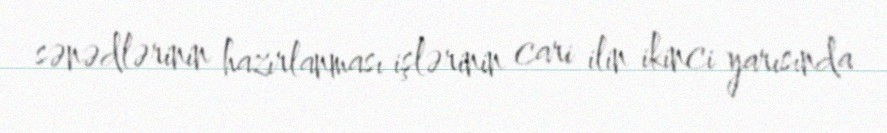
sənədlərinin hazırlanması işlərinin cari ilin ikinci yarısında